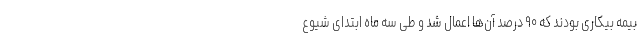
بیمه بیکاری بودند که ۹۰ درصد آن‌ها اعمال شد و طی سه ماه ابتدای شیوع